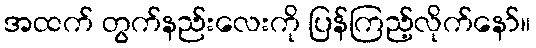
အထက် တွက်နည်းလေးကို ပြန်ကြည့်လိုက်နော်။